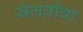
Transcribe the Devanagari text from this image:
संमतीचा